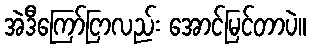
အဲဒီကြော်ငြာလည်း အောင်မြင်တာပဲ။